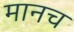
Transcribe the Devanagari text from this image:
मानच